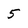
Character: 5